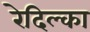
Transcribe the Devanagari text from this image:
रेदिल्का